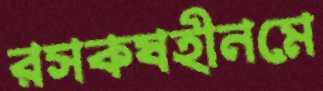
রসকষহীনমে